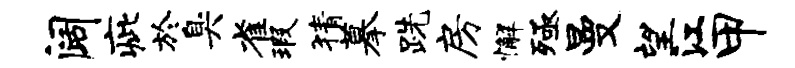
阔疵於臭雀瑕猜摹跣房懈殛曼望江甲